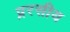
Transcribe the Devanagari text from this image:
प्ररसीय